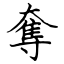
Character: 奪